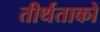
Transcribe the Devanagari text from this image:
तीर्थताको